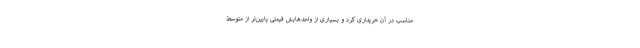
مناسب در آن خریداری کرد و بسیاری از واحدهایش قیمتی پایین‌تر از متوسط